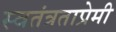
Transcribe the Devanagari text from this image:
स्वतंत्रताप्रेमी